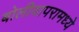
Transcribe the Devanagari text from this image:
बोलीवापरामध्ये